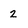
Character: 2